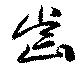
齒